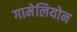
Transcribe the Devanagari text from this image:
गामेलियोन